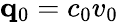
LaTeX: \mathbf q_{0}=c_{0}v_{0}